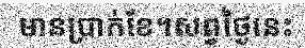
មានប្រាក់ខែ។សព្វថ្ងៃនេះ